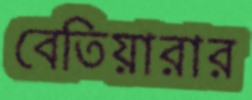
বেতিয়ারার